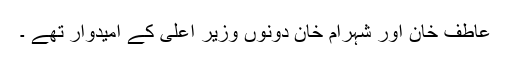
عاطف خان اور شہرام خان دونوں وزیر اعلی کے امیدوار تھے ۔